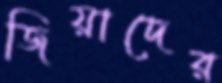
জিয়াদের